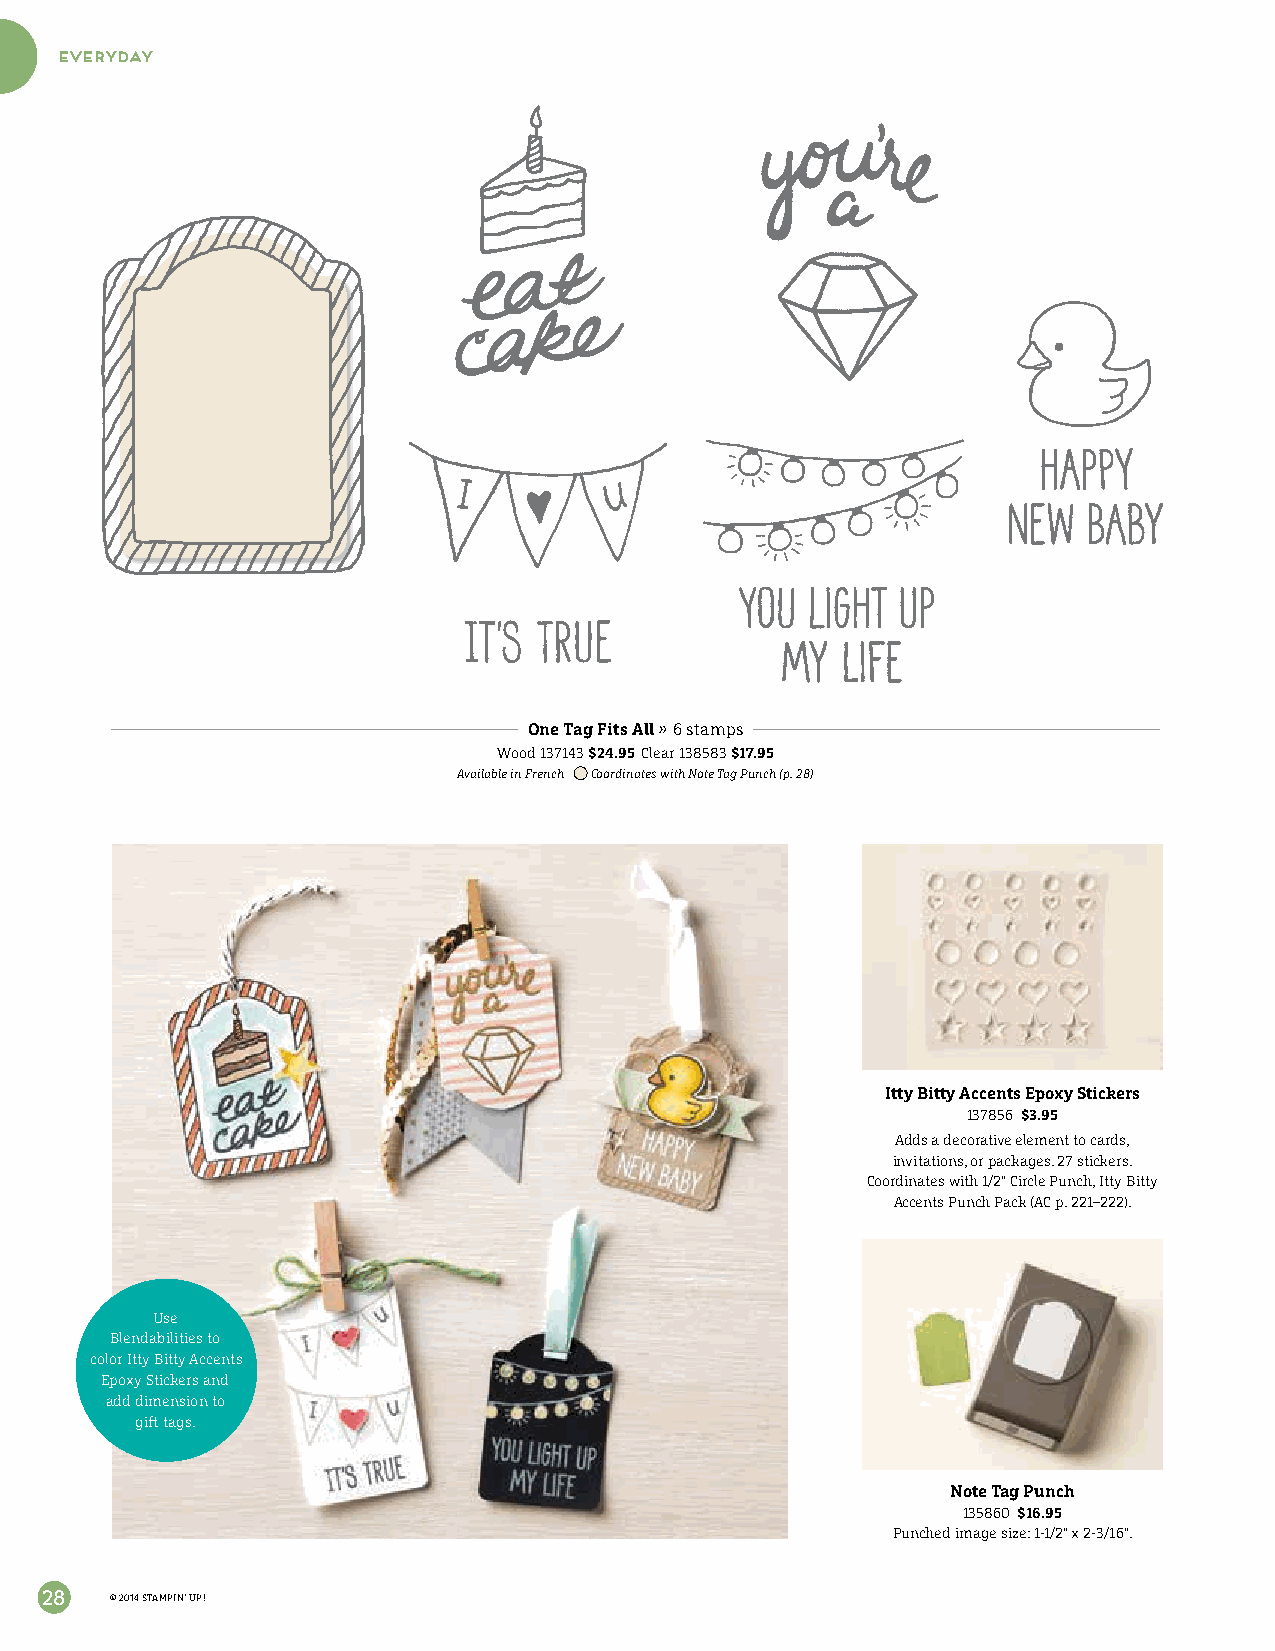
everyday
 One Tag Fits All » 6 stamps
 Wood 137143 $24.95 Clear 138583 $17.95
 Available in French Coordinates with Note Tag Punch (p. 28)
 Itty Bitty Accents Epoxy Stickers
 137856 $3.95
 Adds a decorative element to cards,
 invitations, or packages. 27 stickers.
 Coordinates with 1/2" Circle Punch, Itty Bitty
 Accents Punch Pack (AC p. 221–222).
 Use
 Blendabilities to
 color Itty Bitty Accents
 Epoxy Stickers and
 add dimension to
 gift tags.
 Note Tag Punch
 135860 $16.95
 Punched image size: 1-1/2" x 2-3/16".
 28  © 2014 STAMPIN’ UP!